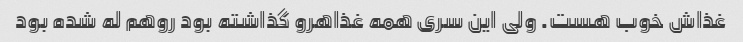
غذاش خوب هست. ولی این سری همه غذاهرو گذاشته بود روهم له شده بود